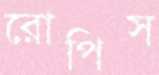
রোপিস